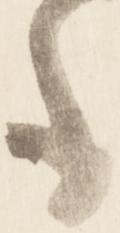
も